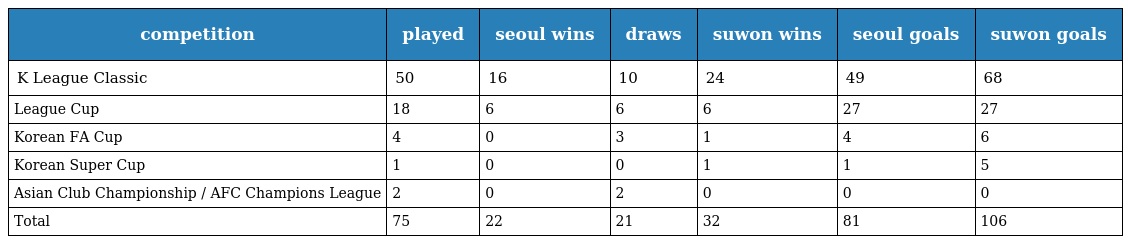
| competition | played | seoul wins | draws | suwon wins | seoul goals | suwon goals |
 | --- | --- | --- | --- | --- | --- | --- |
 | K League Classic | 50 | 16 | 10 | 24 | 49 | 68 |
 | League Cup | 18 | 6 | 6 | 6 | 27 | 27 |
 | Korean FA Cup | 4 | 0 | 3 | 1 | 4 | 6 |
 | Korean Super Cup | 1 | 0 | 0 | 1 | 1 | 5 |
 | Asian Club Championship / AFC Champions League | 2 | 0 | 2 | 0 | 0 | 0 |
 | Total | 75 | 22 | 21 | 32 | 81 | 106 |